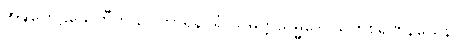
အဍ္ဎတေဠသေဟီတိ ဥပကာရိနဂရံ သမ္ပတ္တသမ္မဒေါ သဟစရဏနယေန